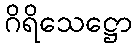
ဂိရိသေဋ္ဌော